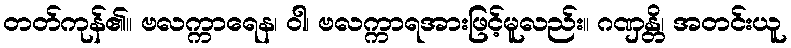
တတ်ကုန်၏။ ဗလက္ကာရေန၊ ဝါ၊ ဗလက္ကာရအားဖြင့်မူလည်း။ ဂဏှန္တိ၊ အတင်းယူ